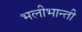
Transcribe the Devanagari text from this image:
भलीभान्ती